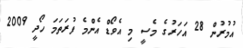
އުމުރުން 28 އަހަރުގެ މެސީ މި އެވޯޑް އެންމެ ފުރަތަމަ ހޯދީ 2009